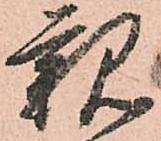
親